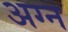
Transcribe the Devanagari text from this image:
अग्न